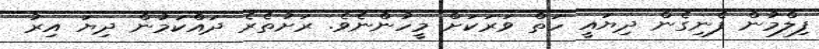
ފިލްމުން ފެނިގެން ދިޔައީ ހަތް ވަރަކަށް މީހުންނެވެ. ރަށުތެރެ ދައްކަމުން ދިޔަ އިރު